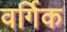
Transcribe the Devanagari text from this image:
वर्गिक